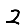
Digit: 2